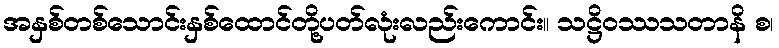
အနှစ်တစ်သောင်းနှစ်ထောင်တို့ပတ်လုံးလည်းကောင်း။ သဋ္ဌိဝဿသတာနိ စ၊